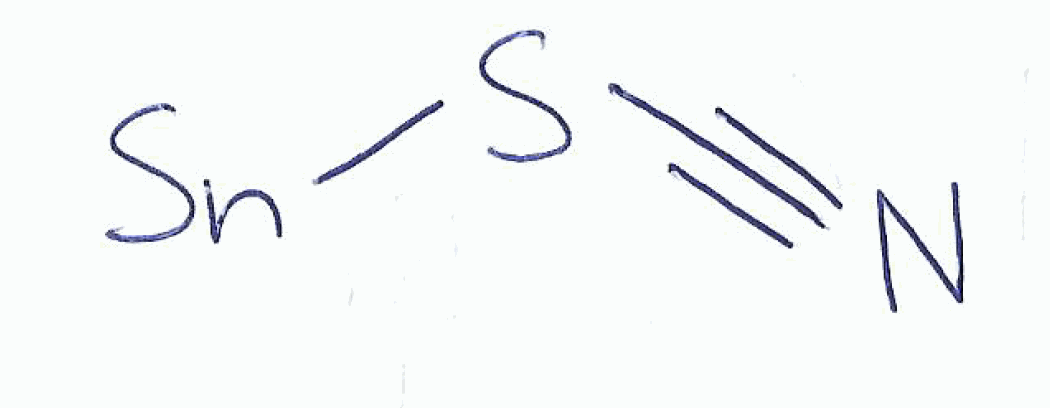
Simplified molecular-input line-entry system (SMILES) notation of the given molecule:
C(#N)S[Sn]